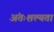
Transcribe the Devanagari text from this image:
अंतःशल्यता